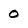
Character: 0